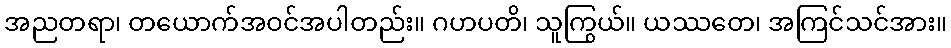
အညတရာ၊ တယောက်အဝင်အပါတည်း။ ဂဟပတိ၊ သူကြွယ်။ ယဿတေ၊ အကြင်သင်အား။